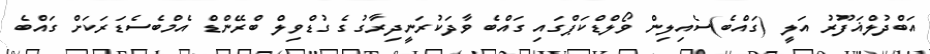
އަބްދުލްޣަފޫރު އަލީ (ގައްބެ)ސެއިލިން ވޯލްޑްކަޕްގައި ގައްބެ ވާދަކުރަނީދިރާގުގެ ގުޑްވިލް ބްރޭންޑް އެމްބެސެޑަރަކަށް ގައްބެ